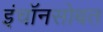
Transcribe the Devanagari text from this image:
इंचॉनसोबत